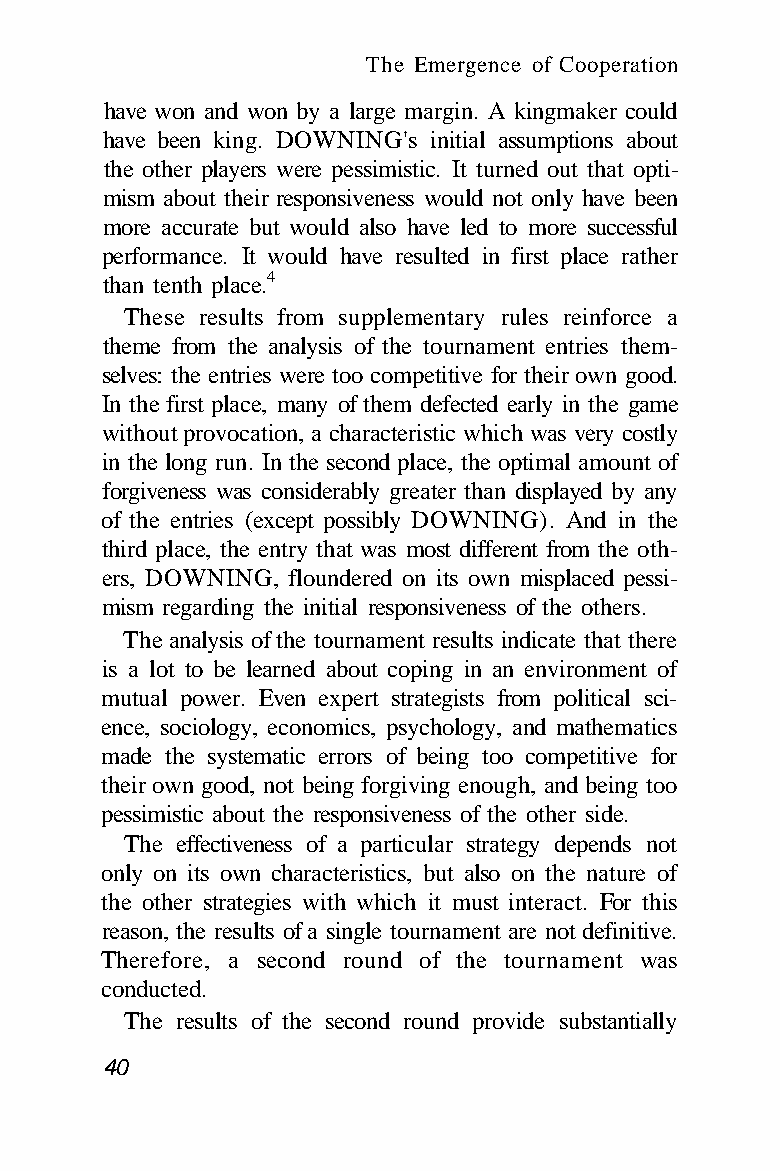
The Emergence of Cooperation
 have won and won by a large margin. A kingmaker could
 have been king. DOWNING's initial assumptions about
 the other players were pessimistic. It turned out that opti-
 mism about their responsiveness would not only have been
 more accurate but would also have led to more successful
 performance. It would have resulted in first place rather
 than tenth place.4
 These results from supplementary rules reinforce a
 theme from the analysis of the tournament entries them-
 selves: the entries were too competitive for their own good.
 In the first place, many of them defected early in the game
 without provocation, a characteristic which was very costly
 in the long run. In the second place, the optimal amount of
 forgiveness was considerably greater than displayed by any
 of the entries (except possibly DOWNING). And in the
 third place, the entry that was most different from the oth-
 ers, DOWNING, floundered on its own misplaced pessi-
 mism regarding the initial responsiveness of the others.
 The analysis of the tournament results indicate that there
 is a lot to be learned about coping in an environment of
 mutual power. Even expert strategists from political sci-
 ence, sociology, economics, psychology, and mathematics
 made the systematic errors of being too competitive for
 their own good, not being forgiving enough, and being too
 pessimistic about the responsiveness of the other side.
 The effectiveness of a particular strategy depends not
 only on its own characteristics, but also on the nature of
 the other strategies with which it must interact. For this
 reason, the results of a single tournament are not definitive.
 Therefore, a second round of the tournament was
 conducted.
 The results of the second round provide substantially
 40